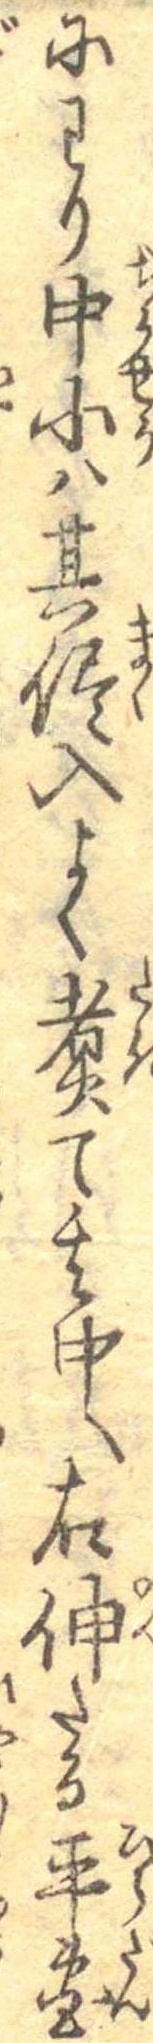
にわり中小は其侭入よく煮て其中へ右伸たる平団